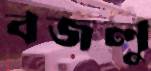
বজলু